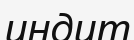
индит